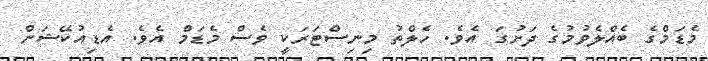
މެޑަމްގެ ބެއްލެވުމުގެ ދަށުގަ އެވެ. ހެލްތު މިނިސްޓަރަކީ ވެސް މެޑަމް އެވެ. އެޑިއުކޭޝަން